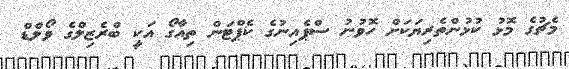
މެޗުގެ މޮޅު ކުޅުންތެރިޔަކަށް ހޮވުނު ސްޕެއިނުގެ ކެޕްޓަން ތިއާގޯ އަކީ ބްރެޒިލްގެ ވޯލްޑް